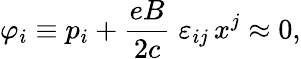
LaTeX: \varphi_{i}\equiv p_{i}+\frac{eB}{2c}\; \varepsilon_{ij}\, x^{j}\approx 0,